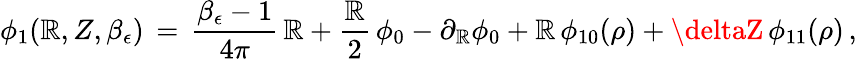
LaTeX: \phi_{1}(\mathbb{R},Z,\beta_{\epsilon})\, =\, \frac{{\beta_{\epsilon}-1}}{{4\pi}}\, \mathbb{R}+\frac{{\mathbb{R}}}{{2}}\, \phi_{0}-\partial_{\mathbb{R}}\phi_{0}+\mathbb{R}\, \phi_{10}(\rho)+\deltaZ\, \phi_{11}(\rho)\, ,